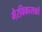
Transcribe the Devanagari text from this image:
गैरविकासकों